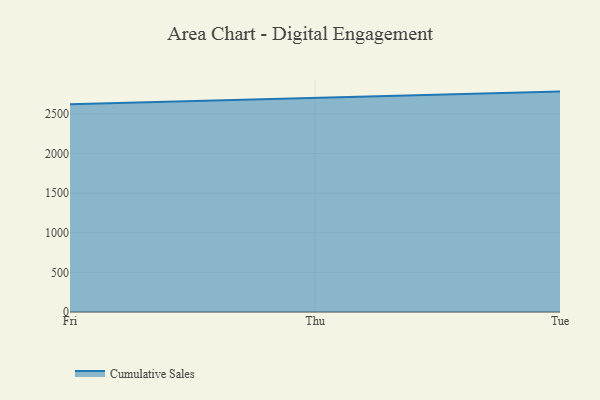
{"axis": {"x": "Day", "y": "Demand Index"}, "legend": ["Cumulative Sales"], "data": [{"x": "Fri", "y": 2622.5, "type": "Cumulative Sales"}, {"x": "Thu", "y": 2697.6, "type": "Cumulative Sales"}, {"x": "Tue", "y": 2781.4, "type": "Cumulative Sales"}]}